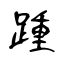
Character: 踵